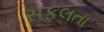
સફલતા